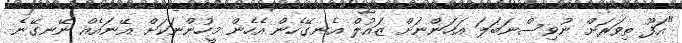
"އަފޫ ތިވަރަށް ނުވިސްނަބަލަ އަހަންނަށް ޒައުލް އެނގޭހެން އެހެން މީހުންނަކަށް އޭނައެއް ނޭނގޭނެ